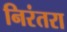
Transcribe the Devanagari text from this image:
निरंतरा